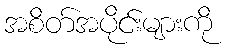
အစိတ်အပိုင်းများကို